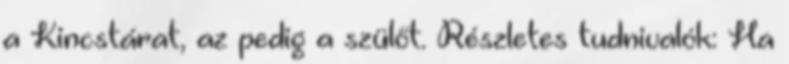
a Kincstárat, az pedig a szülőt. Részletes tudnivalók: Ha